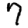
Digit: 7